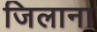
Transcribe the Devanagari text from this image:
जिलाना